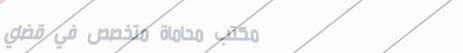
مكتب محاماة متخصص في قضاي